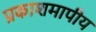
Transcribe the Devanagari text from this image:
प्रकाशमापीय